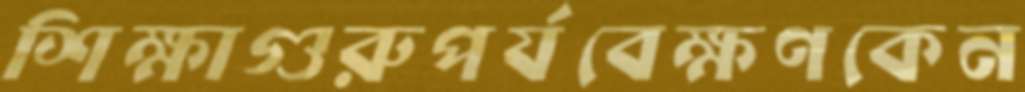
শিক্ষাগুরুপর্যবেক্ষণকেন